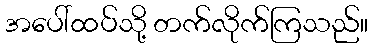
အပေါ်ထပ်သို့ တက်လိုက်ကြသည်။